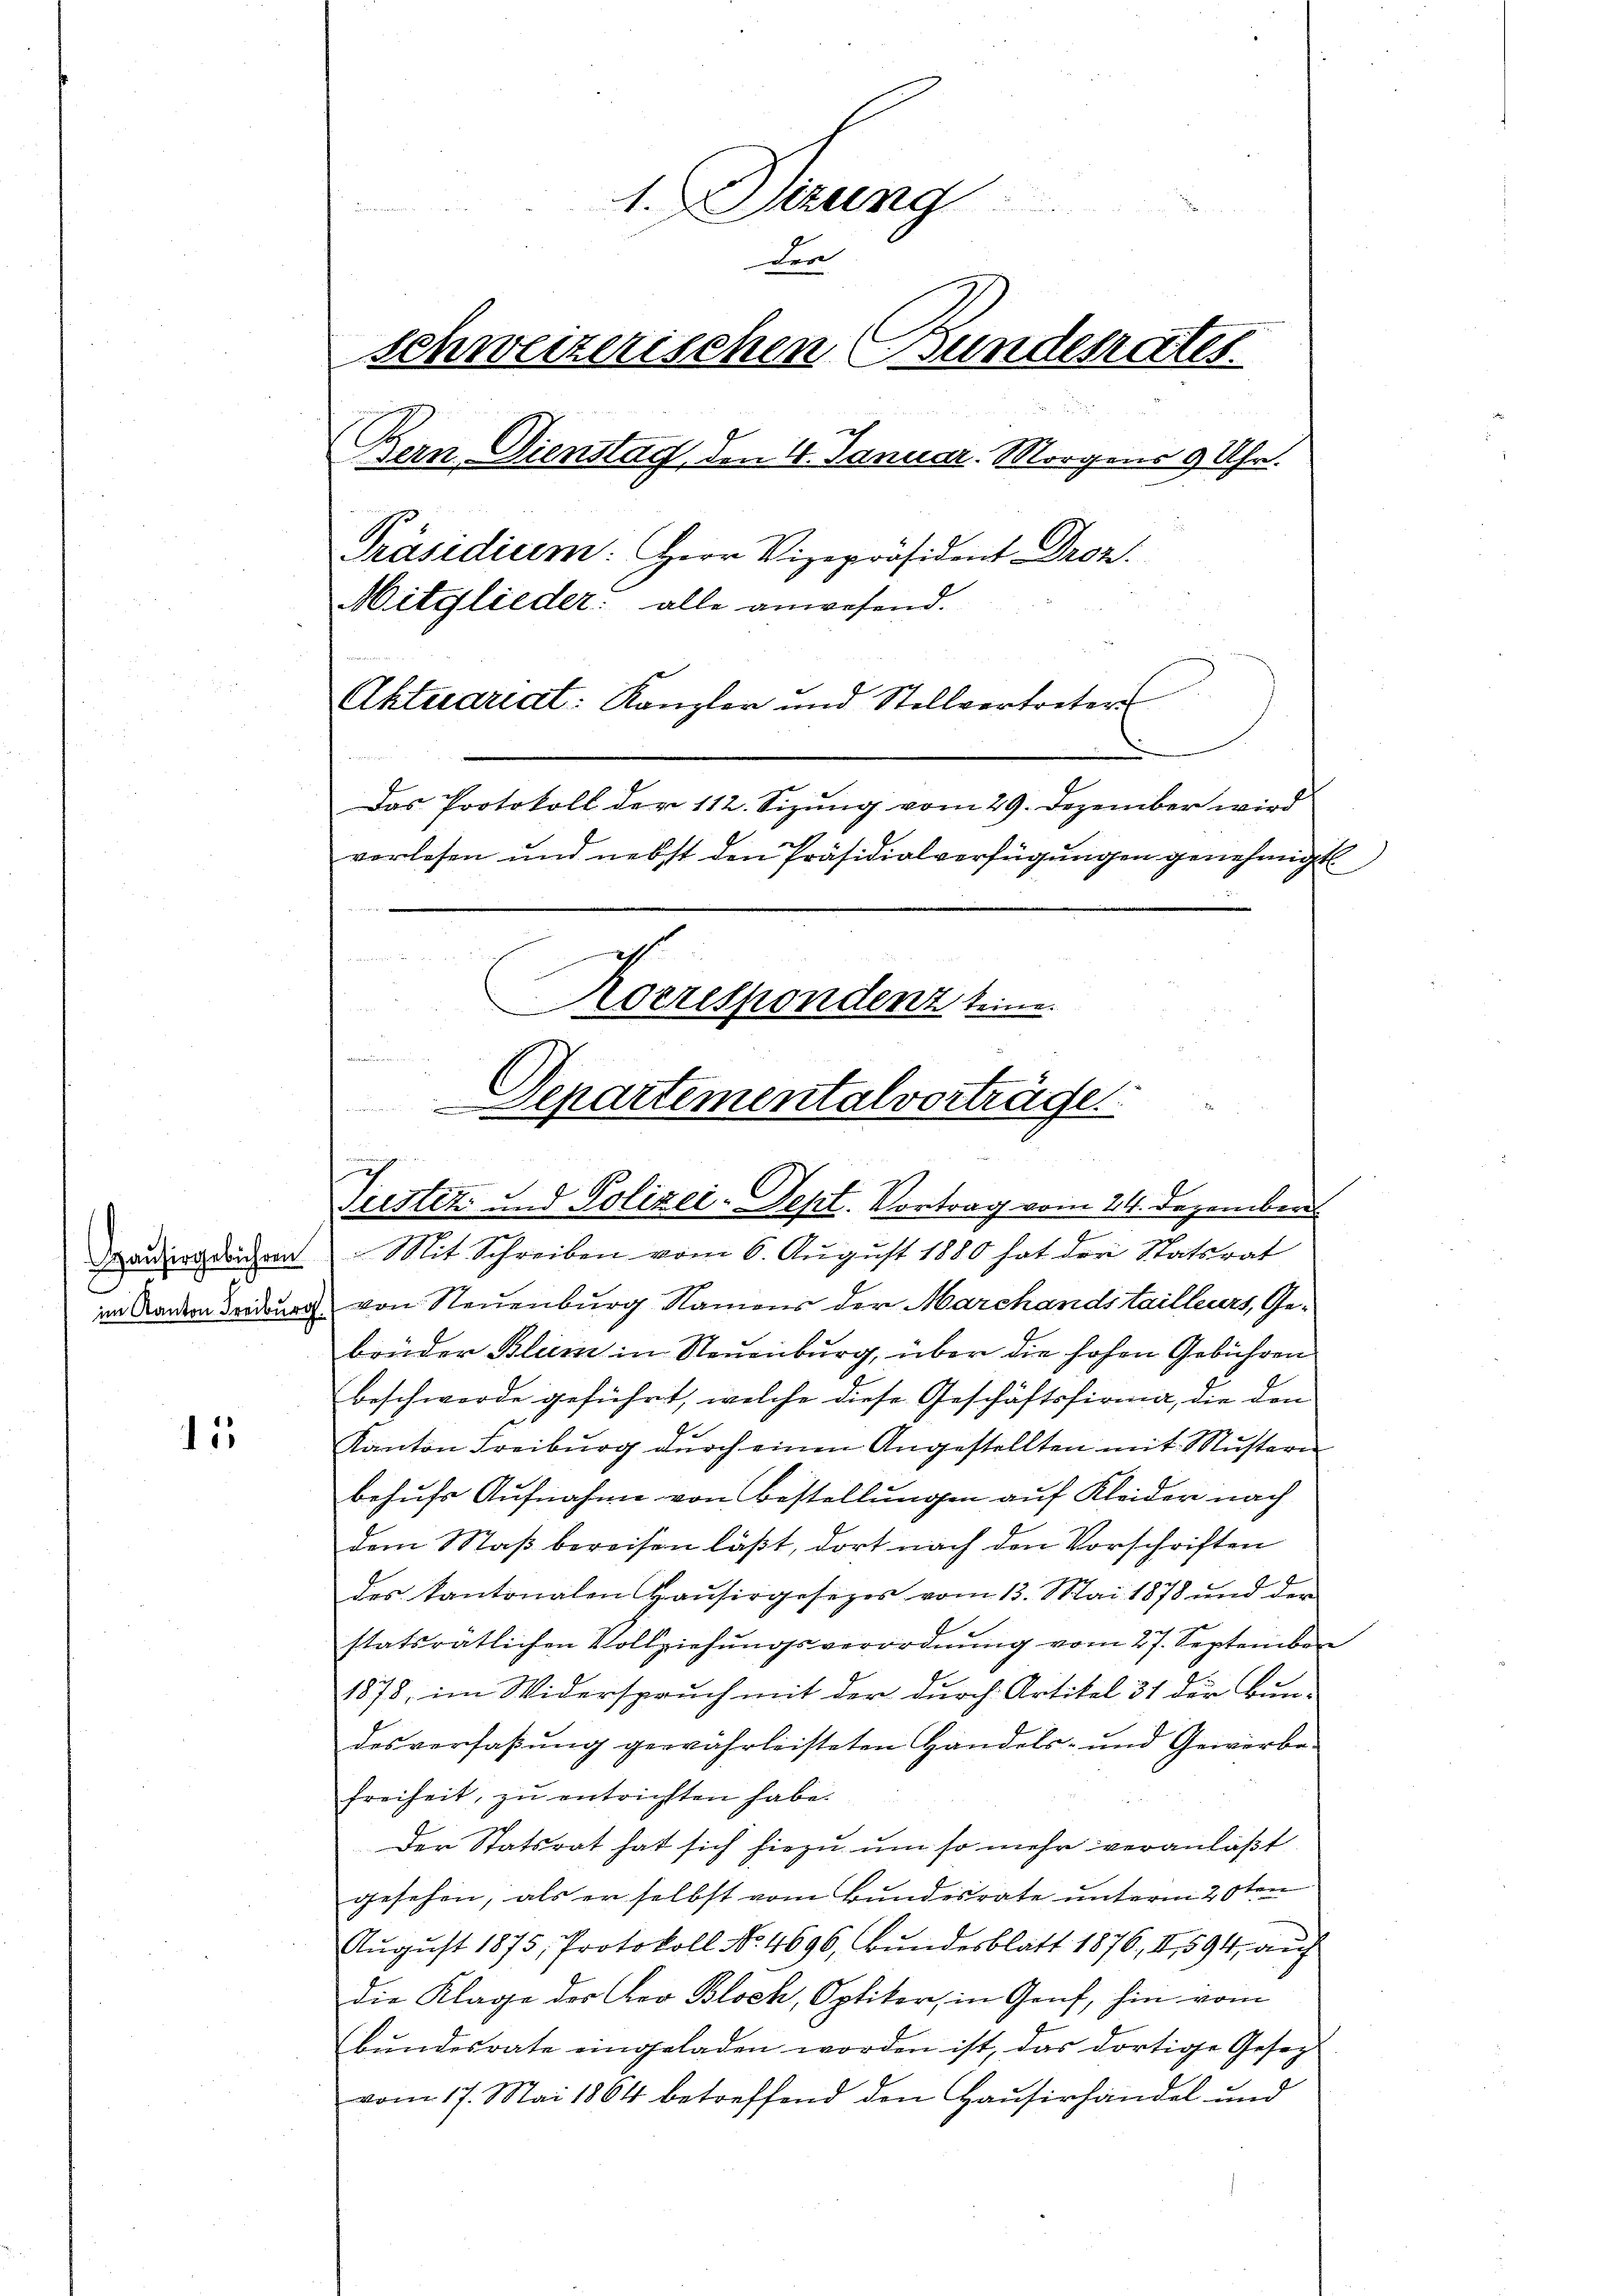
Hausirgebühren

15

1. Verung
der
schweizerischen Bundesrates.
Bern Dienstag, den 4. Januar. Morgens 9 Uhr.
Präsidium: Herr Vizepräsident Droz.
Mitglieder: alle anwesend.
Aktuariat: Kanzler und Stellvertreters
Das Protokoll der 112. Sizung vom 29. Dezember wird
vorlesen und nebst den Präsidialverfügungen genehmigt

e
Korrespondenz seine

Mit Schreiben vom 6. August 1880 hat der Statsrat
im Landern deidung von Neuenburg Namens der Marchandstailleurs, Gebrüder Blum in Neuenburg, über die hohen Gebühren
beschwerde geführt, welche diese Geschäftsfirma, die den
Kanton Freiburg durch einen Angestellten mit Mustern
behŭfs Aufnahme von Bestellungen auf Kleider nach
dem Maß bereisen läßt, dort nach den Vorschriften
des Kantonalen Haŭsirgesezes vom 13. Mai 1878 und der
E
statsrätlichen Vollziehungsverordnung vom 27. September
1878, im Widerspruch mit der durch Artikel 31 der Bun-
desverfaβŭng gewährleisteten Handels- und Gewerbe-
freiheit, zŭ entrichten habe.
Der Statsrat hat sich hiezu um so mehr veranlaßt
gesehen, als er selbst vom Bundesrate unterm 20ten
August 1875, Protokoll No. 4696, Bundesblatt 1876, II 594, auf
die Klage des Vor Bloch, Optiker, in Genf, hin vom
bŭndesrate eingeladen worden ist, das dortige Gesez
vom 17. Mai 1864 betreffend den Hausirhandel und
s

Departementalverträge
ch
Justiz und Polizei-Sept. Vortrag vom 24. Dezember